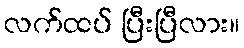
လက်ထပ် ပြီးပြီလား။